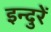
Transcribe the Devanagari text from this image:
इन्दुरें